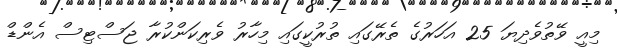
މިއީ ވޭތުވެދިޔަ 25 އަހަރުގެ ތެރޭގައި ތުރުކީގައި މިހާރު ވެރިކަންކުރާ ޖަސްޓިސް އެންޑް